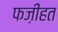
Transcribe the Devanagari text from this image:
फज़ीहत